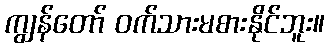
ကျွန်တော် ဝက်သားမစားနိုင်ဘူး။